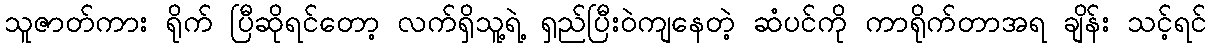
သူဇာတ်ကား ရိုက် ပြီဆိုရင်တော့ လက်ရှိသူ့ရဲ့ ရှည်ပြီးဝဲကျနေတဲ့ ဆံပင်ကို ကာရိုက်တာအရ ချိန်း သင့်ရင်